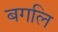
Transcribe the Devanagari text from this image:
बगलि